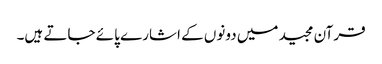
قرآن مجید میں دونوں کے اشارے پائے جاتے ہیں۔